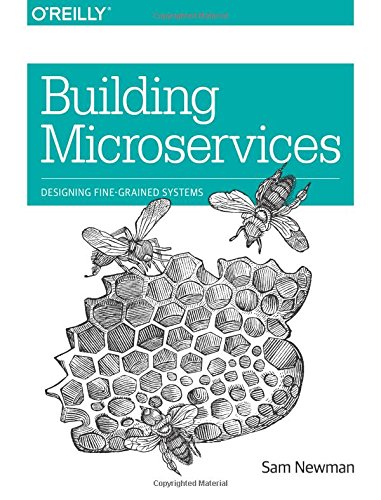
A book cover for Building Microservices; Sam Newman; Computers & Technology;